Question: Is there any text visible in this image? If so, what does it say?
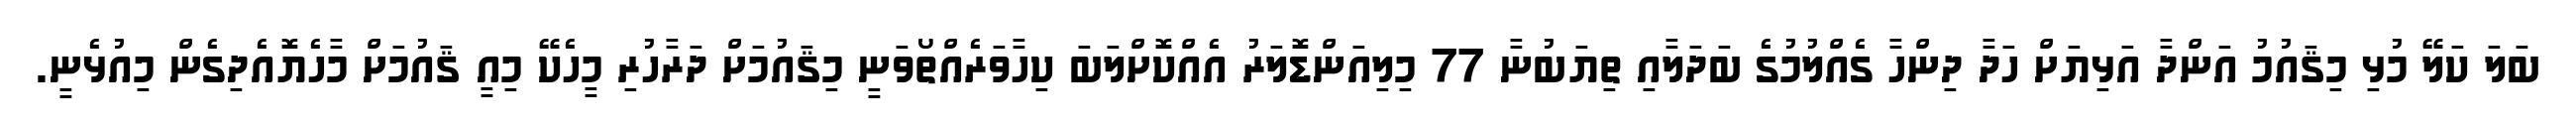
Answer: ބަލަ ކަލޭ މުޅި މިޤައުމު އަންދާ އަޅިޔަށް ހަދާ ދިންހާ ގެއްލުމުގެ ބަދަލާއި ތިޔަބުނާ 77 މިލިއަންޑޮލަރު އެއްކޮށްލަބަ ކިހާވަރެއްތޯވަނީ މިޤައުމަށް ދަރާހުރި މީހެކޭ މިއީ ޤައުމަށް މާހެޔޮއެދިގެން މިއުޅެނީ.